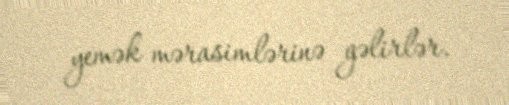
yemək mərasimlərinə gəlirlər.